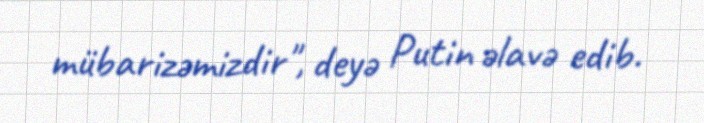
mübarizəmizdir", deyə Putin əlavə edib.